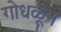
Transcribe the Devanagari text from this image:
गोधळून